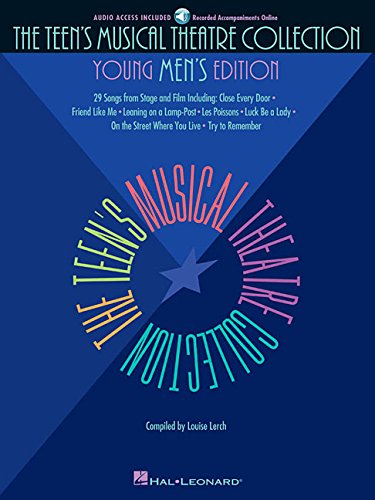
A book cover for The Teen's Musical Theatre Collection: Young Men's Edition with online audio; Louise Lerch; Teen & Young Adult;